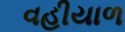
વહીયાળ